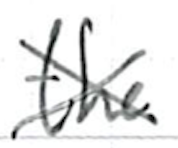
Text: the
Cross-out: cross
Writing tool: ballpoint